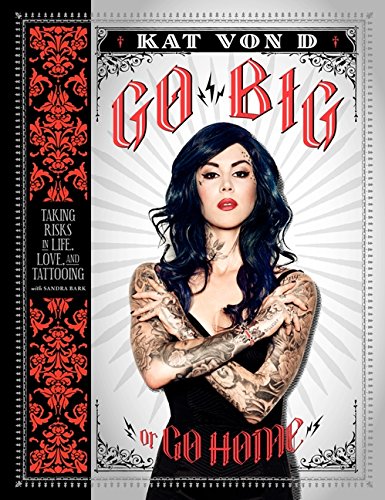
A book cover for Go Big or Go Home: Taking Risks in Life, Love, and Tattooing; Kat Von D; Arts & Photography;